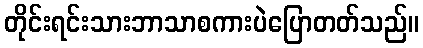
တိုင်းရင်းသားဘာသာစကားပဲပြောတတ်သည်။